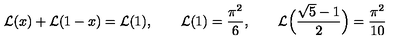
{ \cal L } ( x ) + { \cal L } ( 1 - x ) = { \cal L } ( 1 ) , \qquad { \cal L } ( 1 ) = { \frac { \pi ^ { 2 } } { 6 } } , \qquad { \cal L } \Big ( { \frac { \sqrt { 5 } - 1 } { 2 } } \Big ) = { \frac { \pi ^ { 2 } } { 1 0 } }